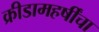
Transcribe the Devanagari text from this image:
क्रीडामहर्षींचा